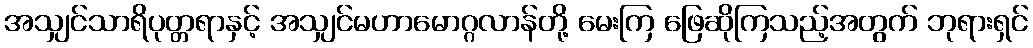
အသျှင်သာရိပုတ္တရာနှင့် အသျှင်မဟာမောဂ္ဂလာန်တို့ မေးကြ ဖြေဆိုကြသည့်အတွက် ဘုရားရှင်